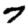
Digit: 7